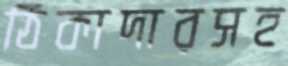
ঠিকাদারসহ